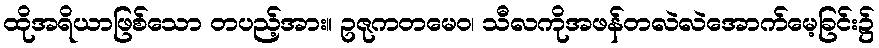
ထိုအရိယာဖြစ်သော တပည့်အား။ ဥဇုကတမေဝ၊ သီလကိုအဖန်တလဲလဲအောက်မေ့ခြင်း၌